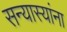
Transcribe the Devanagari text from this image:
सन्यास्यांना